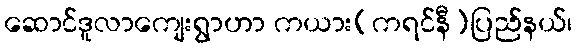
ဆောင်ဒူလာကျေးရွာဟာ ကယား(ကရင်နီ)ပြည်နယ်၊